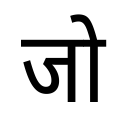
OCR:
जो